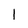
Character: l